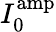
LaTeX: I_{0}^{\mathrm{amp}}